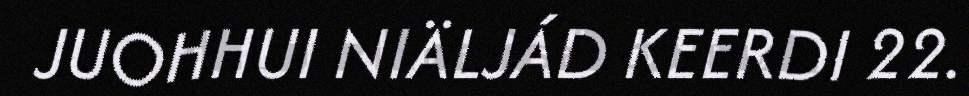
JUOHHUI NIÄLJÁD KEERDI 22.